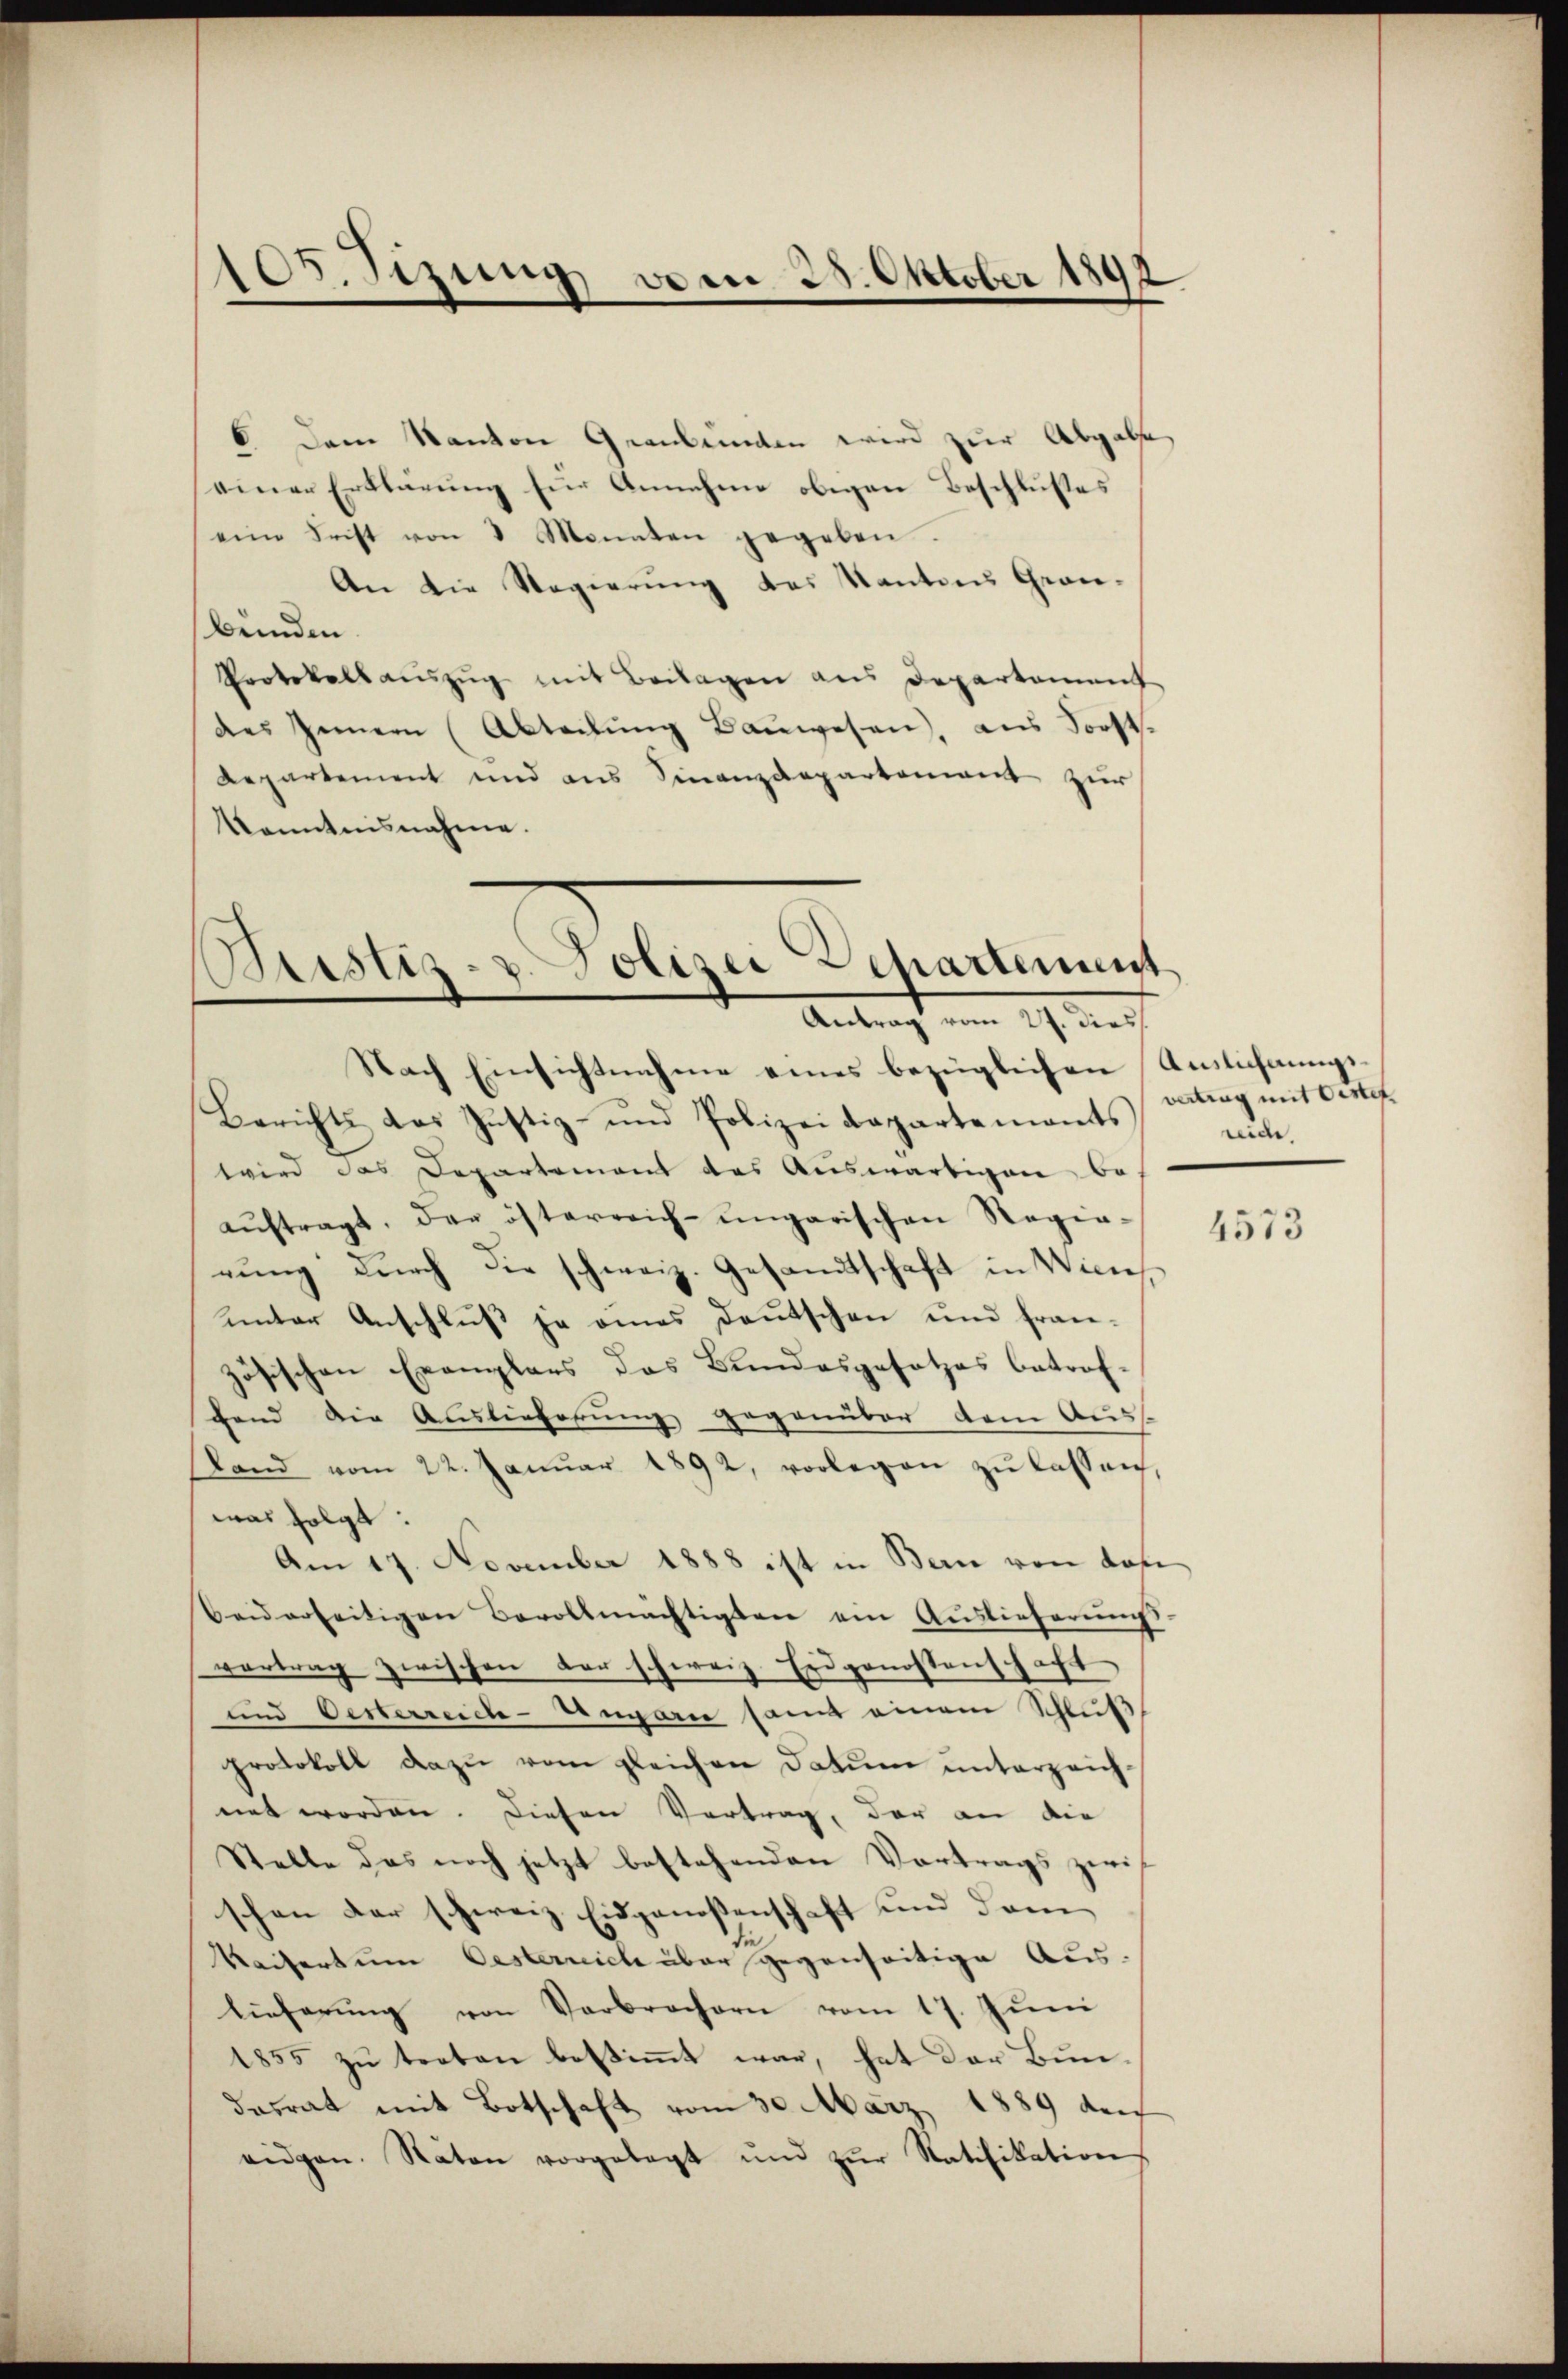
105. Sizung vom 28. Oktober 1891

6 Dem Kantone Grankunden wird zur Abgabe
seiner Erklärung für Annahme obigen Beschlusses
eine Frist von 3 Monaten gegeben.
An die Regierŭng des Kantons Grau-
bunden.
Protokollaŭszŭg mit Beilagen aus Departement
des Innern (Abteilŭng Baŭwesen, aus Forst
Repartement und aus Finanzdepartement zur
Kenntnisnahme.

Justiz- u. Polizei Departement
Antrag vom 27. dies

Nach Einsichtnahme eines bezüglichen Auslichnungs¬
Berichts das Justiz- und Polizeidepartements
wwird das Departemont des Auswärtigen be-
aŭftragt, der österreich-ungarischen Regie-
rung durch die schweiz. Gesandtschaft in Wienunter Anschluß ja eines Deutschen und fran-
zösischen Exemplars das Bundesgesetzes betrof-
fend die Auslieferung gegenüber dem Auss
Land vom 22. Janŭar 1892, vorlegen zŭ lassen,
was folgt.
Am 17. November 1888 ist in Bern von den
beiderseitigen Bevollmächtigten ein Auslieferungs
vertrag zwischen der schweiz. Erdgenossenschaft
und Oesterreich-Ungarie samt einem Schluß,
protokoll dazu vom gleichen Datum unterzeichnet worden. Diesen Vertrag, der an die
Stelle das noch jetzt bestehenden Vortrags zwei
schon der schweiz. Eidgenossenschaft und dem
Kaisertum Oesterrich über gegenseitige Aus-
lieferŭng von Verbrochern vom 17. Jŭni
1855 zu treten bestimmt war, hat der Bundasrat mit Botschaft vom 30. März 1889 durch
eidgen. Naton vorgelegt und zŭr Ratifikation

vertrag mit Oestef
rude

4573